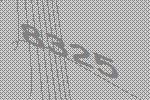
8325